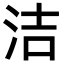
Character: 洁